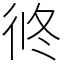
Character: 㣠